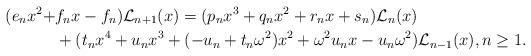
LaTeX: \begin{align*}(e_nx^2+&f_nx-f_n)\mathcal{L}_{n+1}(x)=(p_nx^3+q_nx^2+r_nx+s_n)\mathcal{L}_n(x) \\ &+(t_nx^4+u_nx^3+(-u_n+t_n\omega^2)x^2+\omega^2u_nx-u_n\omega^2)\mathcal{L}_{n-1}(x), n\geq 1.\end{align*}